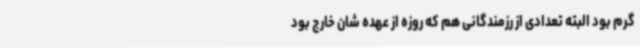
گرم بود البته تعدادی از رزمندگانی هم که روزه از عهده شان خارج بود